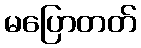
မပြောတတ်